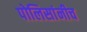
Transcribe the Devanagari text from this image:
पोलिसांनीच